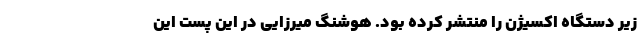
زیر دستگاه اکسیژن را منتشر کرده بود. هوشنگ میرزایی در این پست این